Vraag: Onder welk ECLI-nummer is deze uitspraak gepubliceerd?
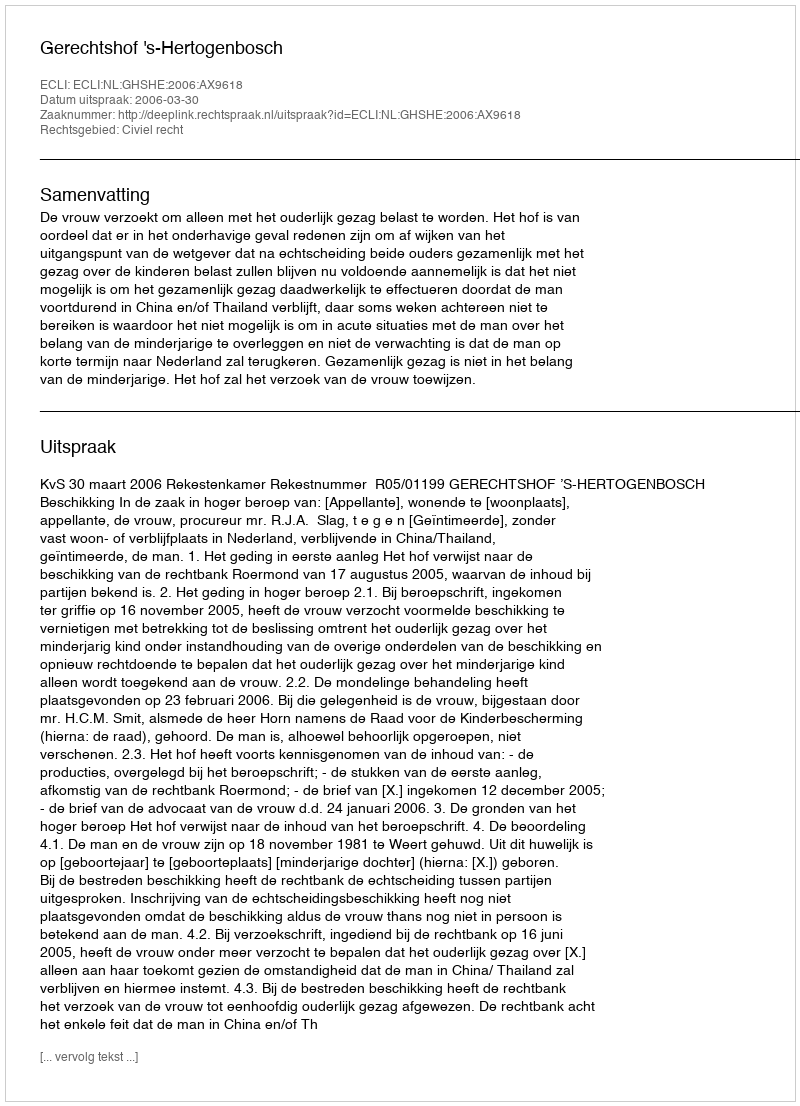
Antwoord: ECLI:NL:GHSHE:2006:AX9618